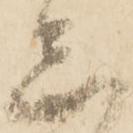
志